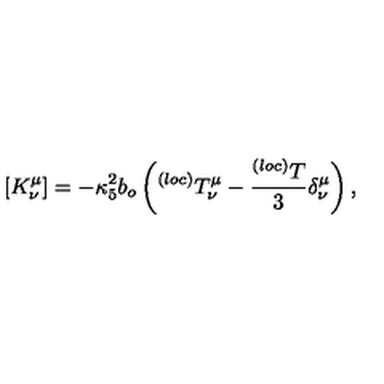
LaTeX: [ K _ { \nu } ^ { \mu } ] = - \kappa _ { 5 } ^ { 2 } b _ { o } \left( ^ { ( l o c ) } T _ { \nu } ^ { \mu } - \frac { ^ { ( l o c ) } T } { 3 } \delta _ { \nu } ^ { \mu } \right) ,